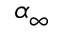
\alpha _ { \infty }